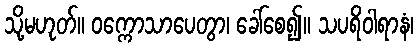
သို့မဟုတ်။ ဝက္ကောသာပေတွာ၊ ခေါ်စေ၍။ သပရိဝါရာနံ၊